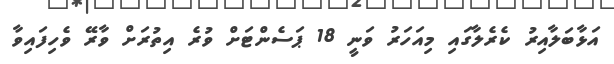
އަޅާބަލާއިރު ކެރެލާގައި މިއަހަރު ވަނީ 18 ޕަސެންޓަށް ވުރެ އިތުރަށް ވާރޭ ވެހިފައިވާ